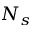
N _ { s }